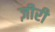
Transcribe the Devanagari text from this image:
ज़ीरी